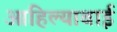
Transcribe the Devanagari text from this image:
आहिल्याबाई